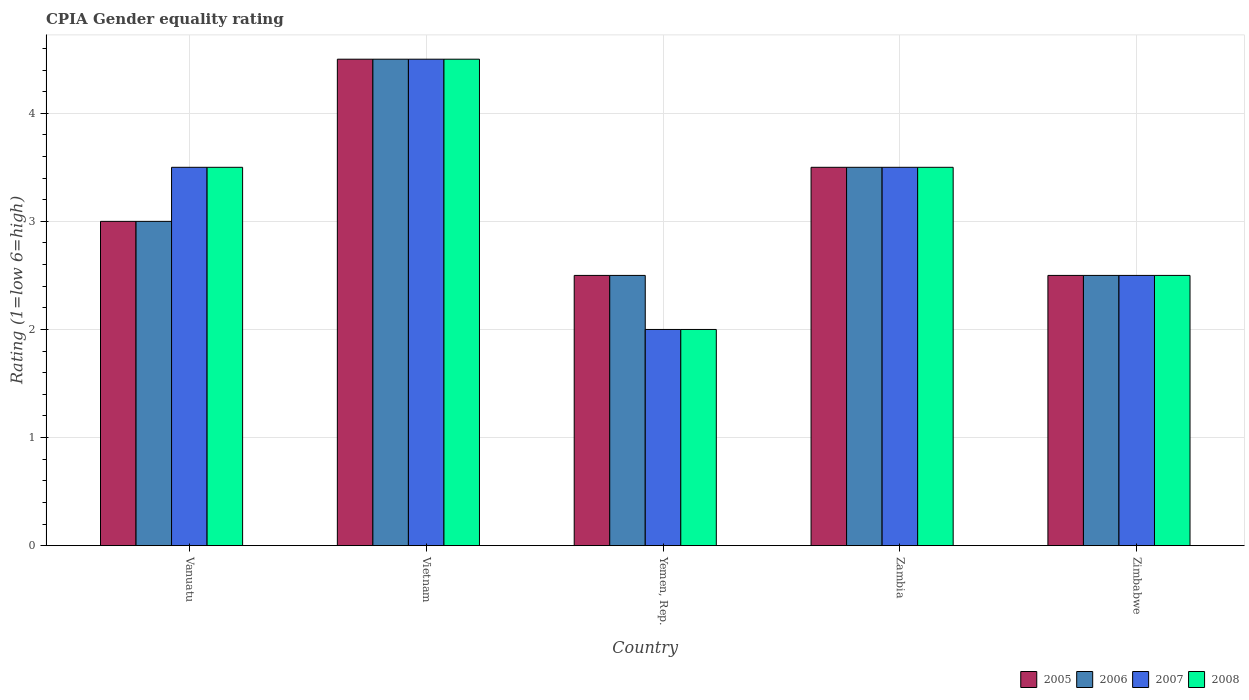
| Country | 2005 | 2006 | 2007 | 2008 |
 | --- | --- | --- | --- | --- |
 | Vanuatu | 3 | 3 | 3.5 | 3.5 |
 | Vietnam | 4.5 | 4.5 | 4.5 | 4.5 |
 | Yemen, Rep. | 2.5 | 2.5 | 2 | 2 |
 | Zambia | 3.5 | 3.5 | 3.5 | 3.5 |
 | Zimbabwe | 2.5 | 2.5 | 2.5 | 2.5 |